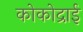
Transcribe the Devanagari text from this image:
कोकोद्राई